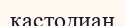
кастодиан